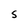
Character: S